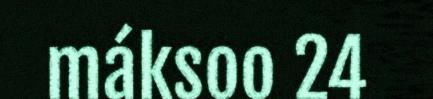
máksoo 24